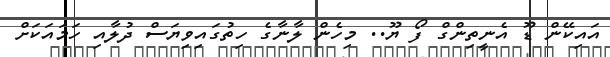
އައިކޭން ޑޫ އެނީތިންގް ފޯ ޔޫ.. މިހެން ލާނާގެ ހިތުގައިވިޔަސް ދުލާއި ހަމައަކަށް